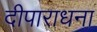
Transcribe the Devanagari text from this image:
दीपाराधना